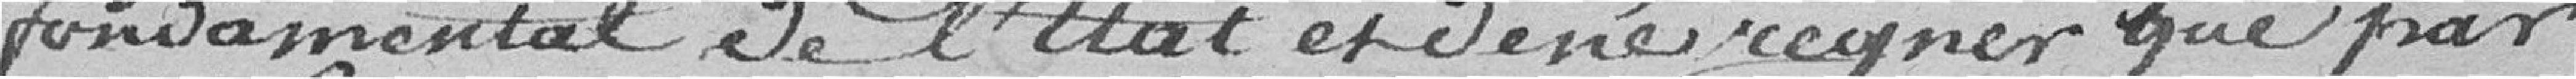
fondamental de l'État et de régner que par